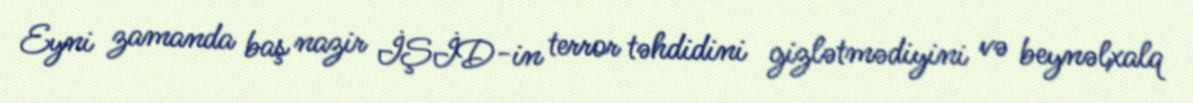
Eyni zamanda baş nazir İŞİD-in terror təhdidini gizlətmədiyini və beynəlxalq